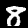
Digit: 8